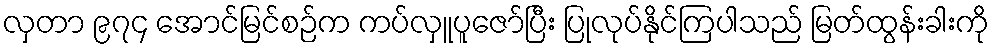
လှတာ ၉၇၄ အောင်မြင်စဉ်က ကပ်လှူပူဇော်ပြီး ပြုလုပ်နိုင်ကြပါသည် မြတ်ထွန်းခါးကို